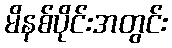
မိနစ်ပိုင်းအတွင်း